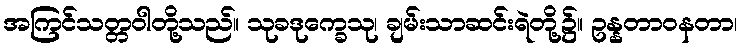
အကြင်သတ္တဝါတို့သည်။ သုခဒုက္ခေသု၊ ချမ်းသာဆင်းရဲတို့၌။ ဥန္နတာဝနတာ၊